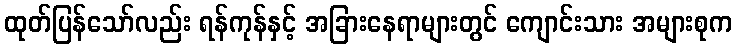
ထုတ်ပြန်သော်လည်း ရန်ကုန်နှင့် အခြားနေရာများတွင် ကျောင်းသား အများစုက